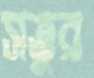
সত্তুর